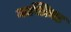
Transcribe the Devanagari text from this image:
मास्त्रिक्ट